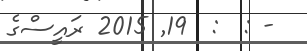
- :  :  19